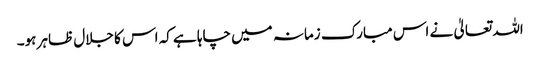
اللہ تعالیٰ نے اس مبارک زمانہ میں چاہا ہے کہ اس کا جلال ظاہر ہو۔